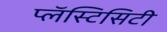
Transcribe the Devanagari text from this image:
प्लॅस्टिसिटी